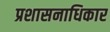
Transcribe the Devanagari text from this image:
प्रशासनाधिकार